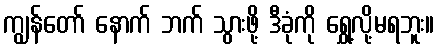
ကျွန်တော် နောက် ဘက် သွားဖို့ ဒီခုံကို ရွှေ့လို့မရဘူး။